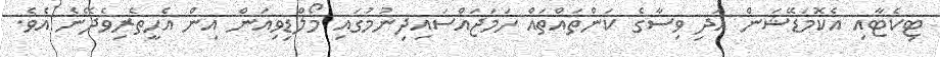
ޓިކެޓާއި އެކޮމަޑޭޝަން އަދި ވިސާގެ ކަންތައްތައް ހަމަޖައްސައިދިނުމުގައި މޯލްޑިވިއަން އިން އެހީތެރިވެދޭނެ އެވެ.